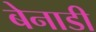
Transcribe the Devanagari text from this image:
बेनाडी